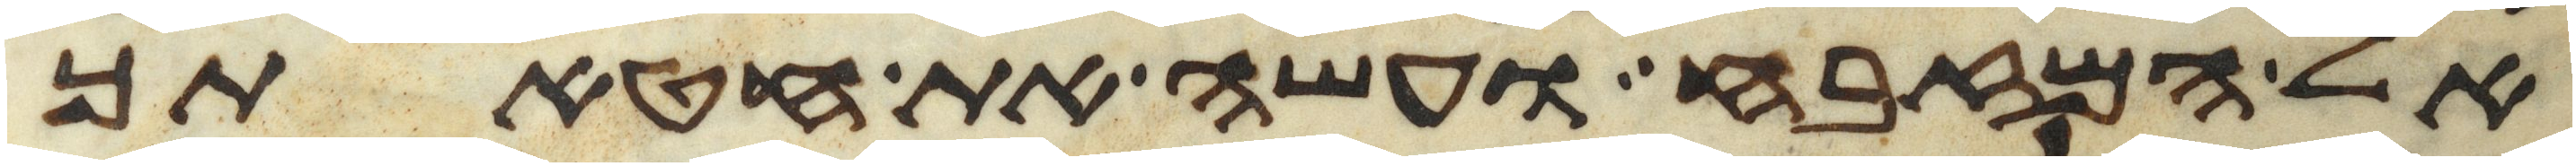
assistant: אל המזבח ועשה את חטאתך